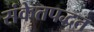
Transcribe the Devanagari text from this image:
संकेतपद्धत